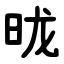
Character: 昽